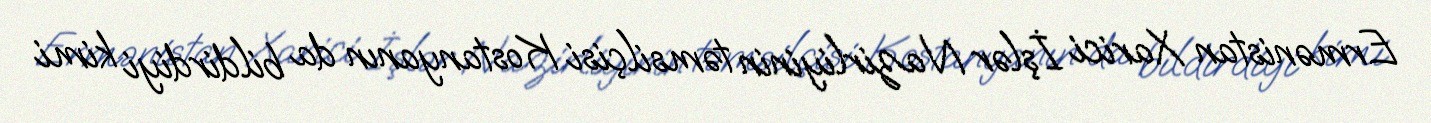
Ermənistan Xarici İşlər Nazirliyinin təmsilçisi Kostanyanın da bildirdiyi kimi